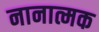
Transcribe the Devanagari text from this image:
नानात्मक